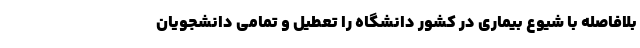
بلافاصله با شیوع بیماری در کشور دانشگاه را تعطیل و تمامی دانشجویان